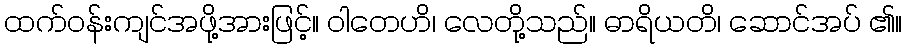
ထက်ဝန်းကျင်အဖို့အားဖြင့်။ ဝါတေဟိ၊ လေတို့သည်။ ဓာရိယတိ၊ ဆောင်အပ် ၏။